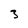
Character: 3